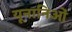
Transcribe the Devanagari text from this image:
यूनानिओं